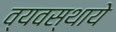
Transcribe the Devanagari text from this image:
व्यवस्थाये